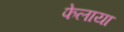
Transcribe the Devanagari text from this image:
फेलाया